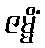
ဇမ္မိံ